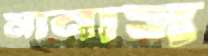
মানাস